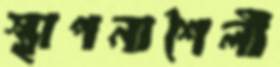
স্থাপনাশৈলী